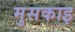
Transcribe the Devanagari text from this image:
मुसकाइ